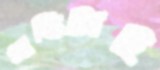
প্রাপ্তিটাই